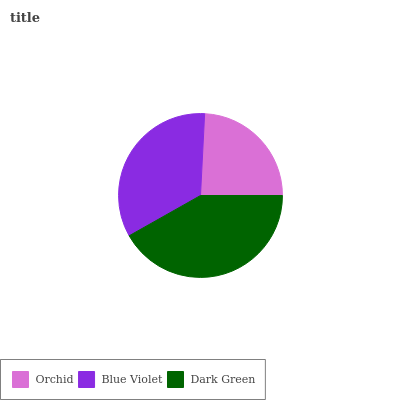
| Orchid | Blue Violet | Dark Green |
 | --- | --- | --- |
 | 24.2% | 34% | 41.8% |